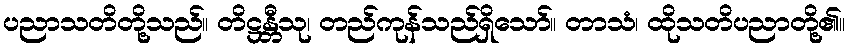
ပညာသတိတို့သည်။ တိဋ္ဌန္တီသု၊ တည်ကုန်သည်ရှိသော်။ တာသံ၊ ထိုသတိပညာတို့၏။